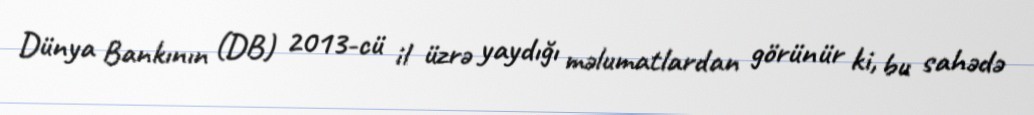
Dünya Bankının (DB) 2013-cü il üzrə yaydığı məlumatlardan görünür ki, bu sahədə